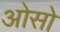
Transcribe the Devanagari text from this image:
ओसो